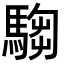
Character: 𩤍